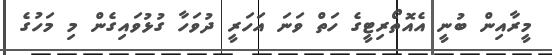
މީރާއިން ބުނީ އެއޮތޯރިޓީގެ ހަތް ވަނަ އަހަރީ ދުވަހާ ގުޅުވައިގެން މި މަހުގެ